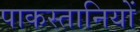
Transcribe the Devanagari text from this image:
पाकस्तानियों